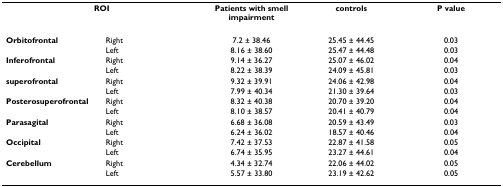
| <COLSPAN=2> ROI | Patients with smell impairment | controls | P value |
 | --- | --- | --- | --- | --- |
 | Orbitofrontal | Right | 7.2 ± 38.46 | 25.45 ± 44.45 | 0.03 |
 |  | Left | 8.16 ± 38.60 | 25.47 ± 44.48 | 0.03 |
 | Inferofrontal | Right | 9.14 ± 36.27 | 25.07 ± 46.02 | 0.04 |
 |  | Left | 8.22 ± 38.39 | 24.09 ± 45.81 | 0.03 |
 | superofrontal | Right | 9.32 ± 39.91 | 24.06 ± 42.98 | 0.04 |
 |  | Left | 7.99 ± 40.34 | 21.30 ± 39.64 | 0.03 |
 | Posterosuperofrontal | Right | 8.32 ± 40.38 | 20.70 ± 39.20 | 0.04 |
 |  | Left | 8.10 ± 38.57 | 20.41 ± 40.79 | 0.04 |
 | Parasagital | Right | 6.68 ± 36.08 | 20.59 ± 43.49 | 0.03 |
 |  | Left | 6.24 ± 36.02 | 18.57 ± 40.46 | 0.04 |
 | Occipital | Right | 7.42 ± 37.53 | 22.87 ± 41.58 | 0.05 |
 |  | Left | 6.74 ± 35.95 | 23.27 ± 44.61 | 0.04 |
 | Cerebellum | Right | 4.34 ± 32.74 | 22.06 ± 44.02 | 0.05 |
 |  | Left | 5.57 ± 33.80 | 23.19 ± 42.62 | 0.05 |